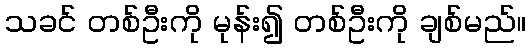
သခင် တစ်ဦးကို မုန်း၍ တစ်ဦးကို ချစ်မည်။